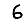
Digit: 6